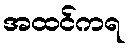
အထင်ကရ